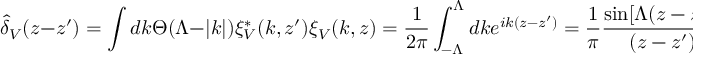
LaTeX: \hat { \delta } _ { V } ( z - z ^ { \prime } ) = \int d k \Theta ( \Lambda - | k | ) \xi _ { V } ^ { * } ( k , z ^ { \prime } ) \xi _ { V } ( k , z ) = \frac { 1 } { 2 \pi } \int _ { - \Lambda } ^ { \Lambda } d k e ^ { i k ( z - z ^ { \prime } ) } = \frac { 1 } { \pi } \frac { \sin [ \Lambda ( z - z ^ { \prime } ) ] } { ( z - z ^ { \prime } ) }